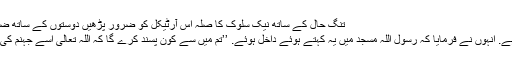
تنگ حال کے ساتھ نیک سلوک کا صلہ اس آرٹیکل کو ضرور پڑھیں دوستوں کے ساتھ ضرور شیئر کریں – Daily Stories
ابن عباس رضی اللہ عنہ سے مروی ہے. انہوں نے فرمایا کہ رسول اللہؐ مسجد میں یہ کہتے ہوئے داخل ہوئے. ’’تم میں سے کون پسند کرے گا کہ اللہ تعالیٰ اسے جہنم کی گرمی اور شدت سے محفوظ رکھیں؟